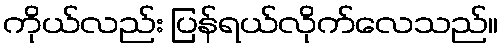
ကိုယ်လည်း ပြန်ရယ်လိုက်လေသည်။